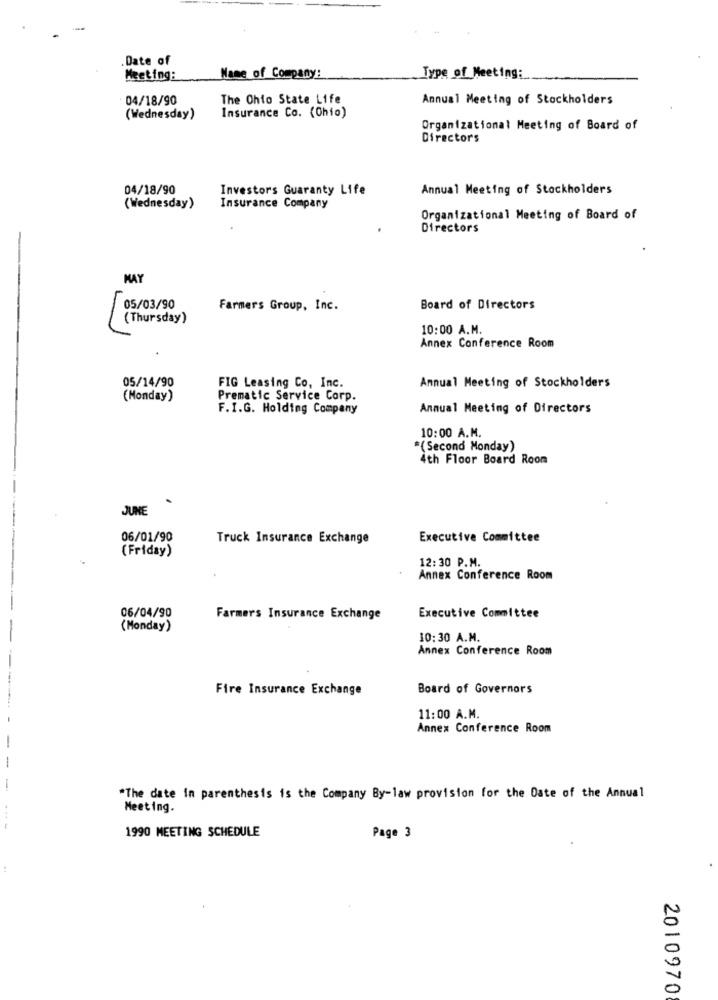
.Date of
Meeting:
Name of Company:
Type of Meeting:
04/18/90
The Ohio State Life
Annual Meeting of Stockholders
(Wednesday)
Insurance Co. (Chio)
Organizational Meeting of Board of
Directors
04/18/90
Investors Guaranty Life
Annual Meeting of Stockholders
(Wednesday)
Insurance Company
Organizational Meeting of Board of
Directors
-
MAY
Farmers Group, Inc.
Board of Directors
(Thursday)
10:00 A.M.
Annex Conference Room
FIG Leasing Co, Inc.
05/14/90
Annual Meeting of Stockholders
(Monday)
Prematic Service Corp.
F.I.G. Holding Company
Annual Meeting of Directors
10:00 A.M.
*(Second Monday)
4th Floor Board Room
JUNE
06/01/90
Truck Insurance Exchange
Executive Committee
(Friday)
12:30 P.M.
Annex Conference Room
06/04/90
Farmers Insurance Exchange
Executive Committee
(Monday)
10:30 A.M.
Annex Conference Room
Fire Insurance Exchange
Board of Governors
11:00 A.M.
Annex Conference Room
-
-
-
"The date in parenthesis is the Company By-law provision for the Date of the Annual
Meeting.
...-
1990 MEETING SCHEDULE
Page 3
2010970